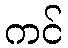
ကင်